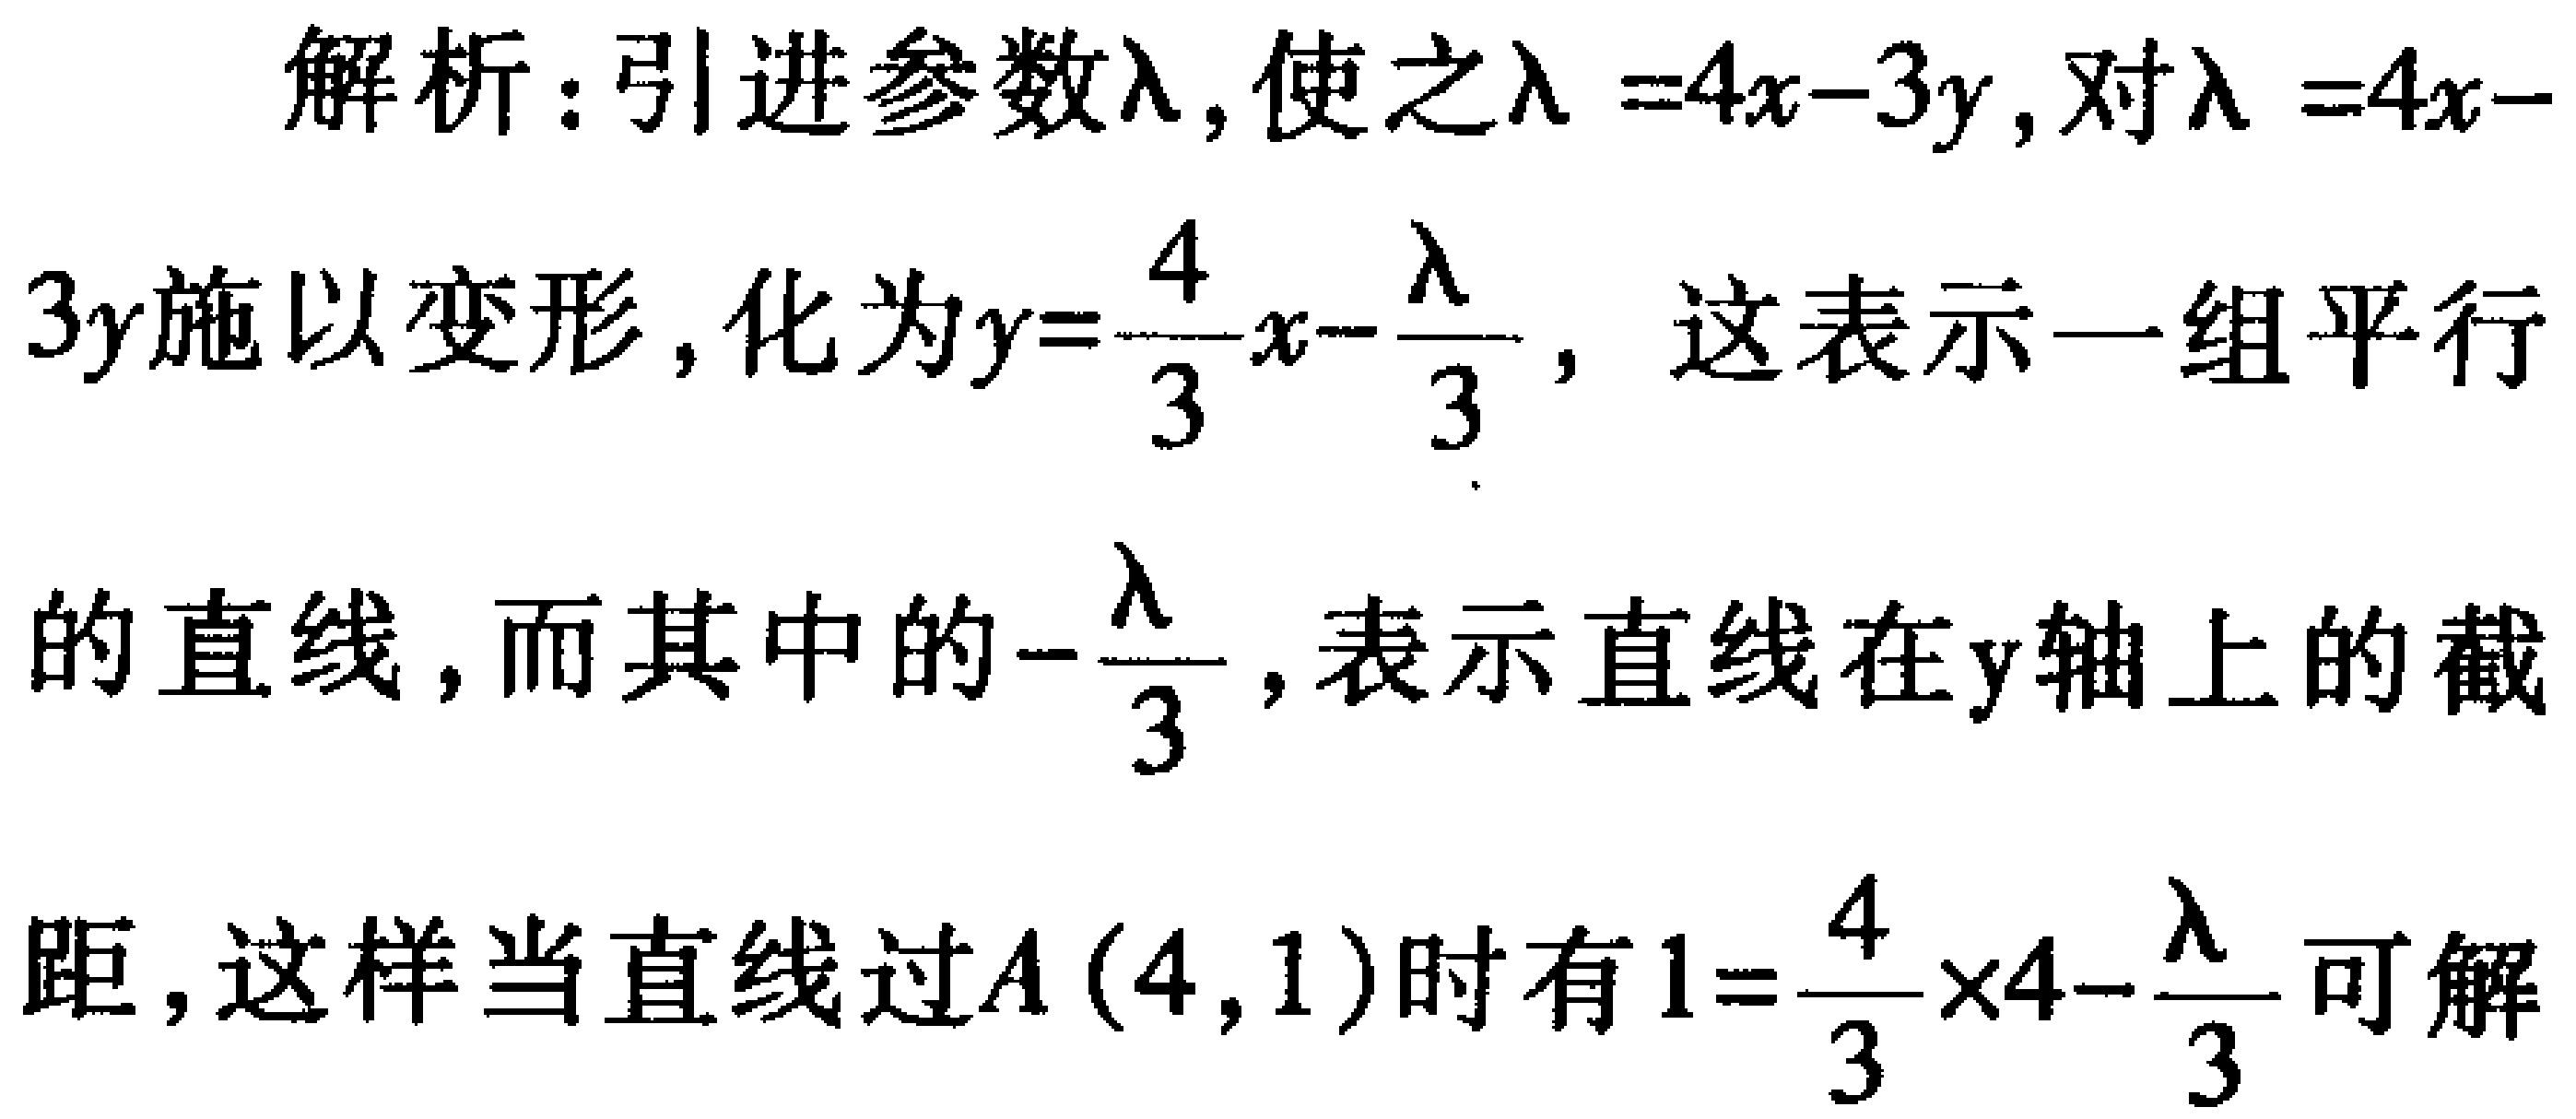
解析：引进参数\(\lambda\)，使之\(\lambda =4x - 3y\)，对\(\lambda =4x - 3y\)施以变形，化为\(y = \frac{4}{3}x-\frac{\lambda}{3}\)，这表示一组平行的直线，而其中的\(-\frac{\lambda}{3}\)，表示直线在\(y\)轴上的截距，这样当直线过\(A(4,1)\)时有\(1 = \frac{4}{3}\times4-\frac{\lambda}{3}\)可解